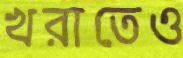
খরাতেও